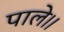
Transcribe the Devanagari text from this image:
पाले।।